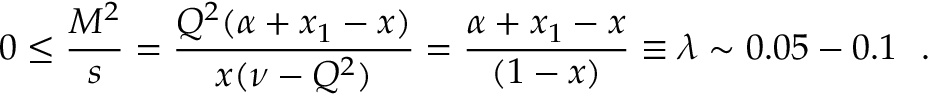
0 \leq { \frac { M ^ { 2 } } { s } } = { \frac { Q ^ { 2 } ( \alpha + x _ { 1 } - x ) } { x ( \nu - Q ^ { 2 } ) } } = { \frac { \alpha + x _ { 1 } - x } { ( 1 - x ) } } \equiv \lambda \sim 0 . 0 5 - 0 . 1 \ \ .